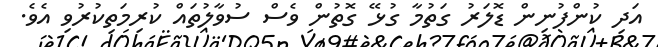
އަދި ކުންފުނިން ޑޮލަރު ގަތުމާ ގުޅޭ ގޮތުން ވެސް ސުވާލުތައް ކުރިމަތިކުރުވި އެވެ.